Lunatic asylums Madras 1877-1891 - 1877-1891
Year: 1877
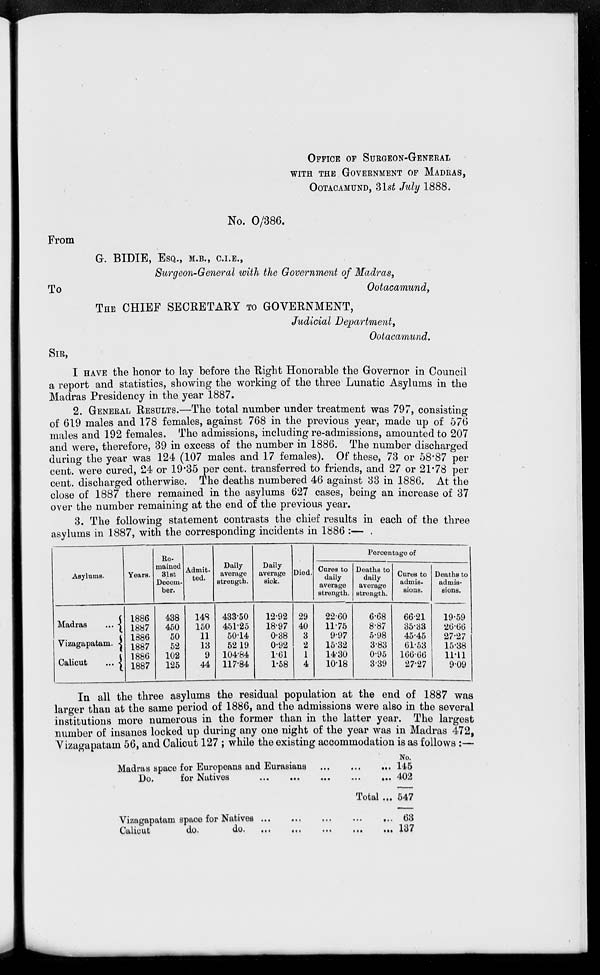
OFFICE OF SURGEON-GENERAL
WITH THE GOVERNMENT OF MADRAS,
OOTACAMUND, 31st July 1888.
No. 0/386.
From
G. BIDIE, ESQ., M.B., C.I.E.,
Surgeon-General with the Government of Madras,
To
Ootacamund,
THE CHIEF SECRETARY TO GOVERNMENT,
Judicial Department,
Ootacamund.
SIR,
I HAVE the honor to lay before the Right Honorable the Governor in Council
a report and statistics, showing the working of the three Lunatic Asylums in the
Madras Presidency in the. year 1887.
2. GENERAL RESULTS.—The total number under treatment was 797, consisting
of 619 males and 178 females, against 768 in the previous year, made up of 576
males and 192 females. The admissions, including re-admissions, amounted to 207
and were, therefore, 39 in excess of the number in 1886. The number discharged
during the year was 124 (107 males and 17 females). Of these, 73 or 58.87 per
cent. were cured, 24 or 19.35 per cent. transferred to friends, and 27 or 21.78 per
cent. discharged otherwise. The deaths numbered 46 against 33 in 1886. At the
close of 1887 there remained in the asylums 627 cases, being an increase of 37
over the number remaining at the end of the previous year.
3. The following statement contrasts the chief results in each of the three
asylums in 1887, with the corresponding incidents in 1886 :—
Asylums.
Madras
...
Vizagapatam.
Calicut
...
Years.
1886
1887
1886
1887
1886
1887
Re-
mained
31st
Decem-
ber.
438
450
50
52
102
125
Admit-
ted.
148
150
11
13
9
44
Daily
average
strength.
433.50
451.25
50.14
52.19
104.84
117.84
Daily
average
sick.
12.92
18.97
0.38
0.92
1.61
1.58
Died.
29
40
3
2
1
4
Percentage of
Cures to
daily
average
strength.
22.60
11.75
9.97
15.32
14.30
10.18
Deaths to
daily
average
strength.
6.68
8.87
5.98
3.83
0.95
3.39
Cures to
admis-
sions.
66.21
35.33
45.45
61.53
166.66
27.27
Deaths to
admis-
sions.
19.59
26.66
27.27
15.38
11.11
9.09
In all the three asylums the residual population at the end of 1887 was
larger than at the same period of 1886, and the admissions were also in the several
institutions more numerous in the former than in the latter year. The largest
number of insanes locked up during any one night of the year was in Madras 472,
Vizagapatam 56, and Calicut 127 ; while the existing accommodation is as follows :—
Madras space for Europeans and Eurasians
...
...
...
Do.
for Natives
...
...
...
...
...
Total ...
Vizagapatam space for Natives ...
...
...
...
...
Calicut
do.
do. ...
...
...
...
...
No.
145
402
547
63
137